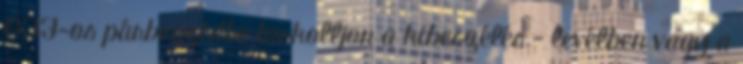
OFF-os párbeszédbe torkolljon a kibeszélés - levélben vagy a